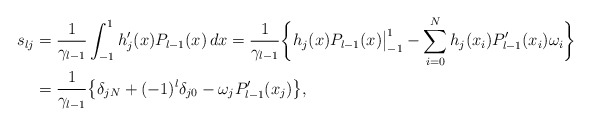
\begin{align*} s_{lj}&=\frac 1{\gamma_{l-1}}\int_{-1}^1 h_j'(x)P_{l-1}(x)\,dx= \frac 1{\gamma_{l-1}}\bigg\{h_j(x)P_{l-1}(x)\big|_{-1}^1-\sum_{i=0}^N h_j(x_i)P_{l-1}'(x_i) \omega_i\bigg\}\\&=\frac 1{\gamma_{l-1}}\big\{ \delta_{jN}+(-1)^l \delta_{j0}- \omega_j P_{l-1}'(x_j)\big\},\end{align*}